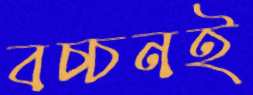
বচ্চনই